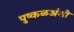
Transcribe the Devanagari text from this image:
पुष्कळअंशी